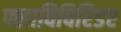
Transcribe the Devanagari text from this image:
फ्लाविविरिडए